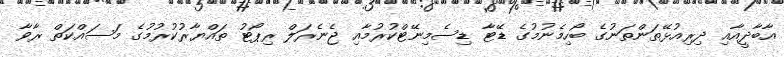
އާބާދީއާއި ދިރިއުޅޭތަންތަނުގެ ބޯހިމެނުމުގެ ޑޭޓާ ޑިސެމިނޭޓްކުރުމާއި ޖެނެރަލް ރިޕޯޓު ތައްޔާރުކުރުމުގެ މަސައްކަތް ރާވާ